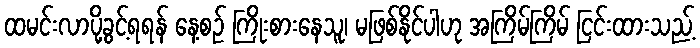
ထမင်းလာပို့ခွင့်ရရန် နေ့စဉ် ကြိုးစားနေသူ၊ မဖြစ်နိုင်ပါဟု အကြိမ်ကြိမ် ငြင်းထားသည့်